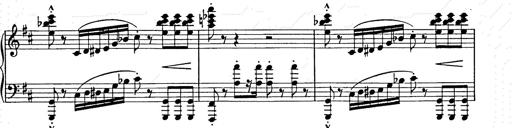
Title: Ballade No.2
Composer: Jan Skrzydlewski
Key: B minor